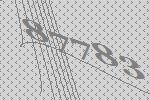
87783